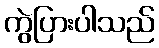
ကွဲပြားပါသည်